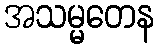
အသမ္မတေန